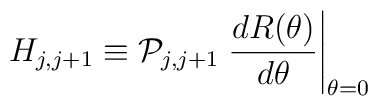
H_{j,j+1} \equiv {\cal P}_{j,j+1} \left. \frac{d R(\theta)}{d\theta}\right|_{\theta =0}\nonumber